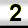
Digit: 2